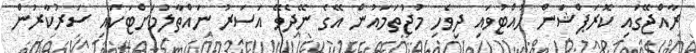
ރާއްޖޭގައި ކޮރަޕްޝަން ހުއްޓުވައި ދިވެހި މުޖުތަމައުން އޭގެ ނޭދެވޭ އަސަރު ނައްތާލުމަށްޓަކައި ސަރުކާރުން